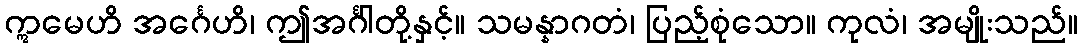
ဣမေဟိ အင်္ဂေဟိ၊ ဤအင်္ဂါတို့နှင့်။ သမန္နာဂတံ၊ ပြည့်စုံသော။ ကုလံ၊ အမျိုးသည်။